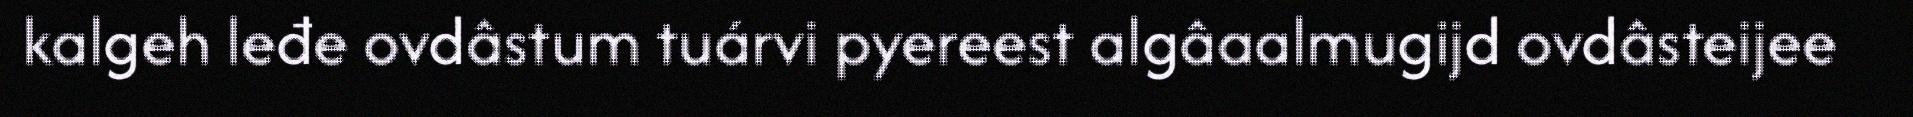
kalgeh leđe ovdâstum tuárvi pyereest algâaalmugijd ovdâsteijee